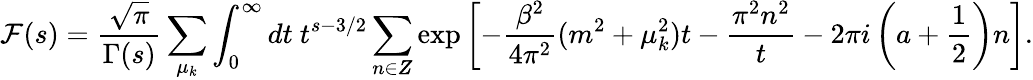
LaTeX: {\cal F}(s)=\frac{\sqrt{\pi}}{\Gamma(s)}\sum_{\mu_{k}}\int_{0}^{\infty}dt~t^{s-3/2}\sum_{n\in Z\! \! \! Z}\exp\left[-\frac{\beta^{2}}{4\pi^{2}}(m^{2}+\mu_{k}^{2})t-\frac{\pi^{2}n^{2}}{t}-2\pi i\left(a+\frac{1}{2}\right)n\right].